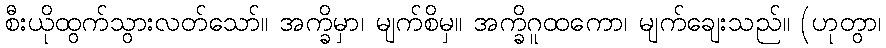
စီးယိုထွက်သွားလတ်သော်။ အက္ခိမှာ၊ မျက်စိမှ။ အက္ခိဂူထကော၊ မျက်ချေးသည်။ (ဟုတွာ၊